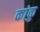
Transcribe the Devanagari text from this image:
कांकु